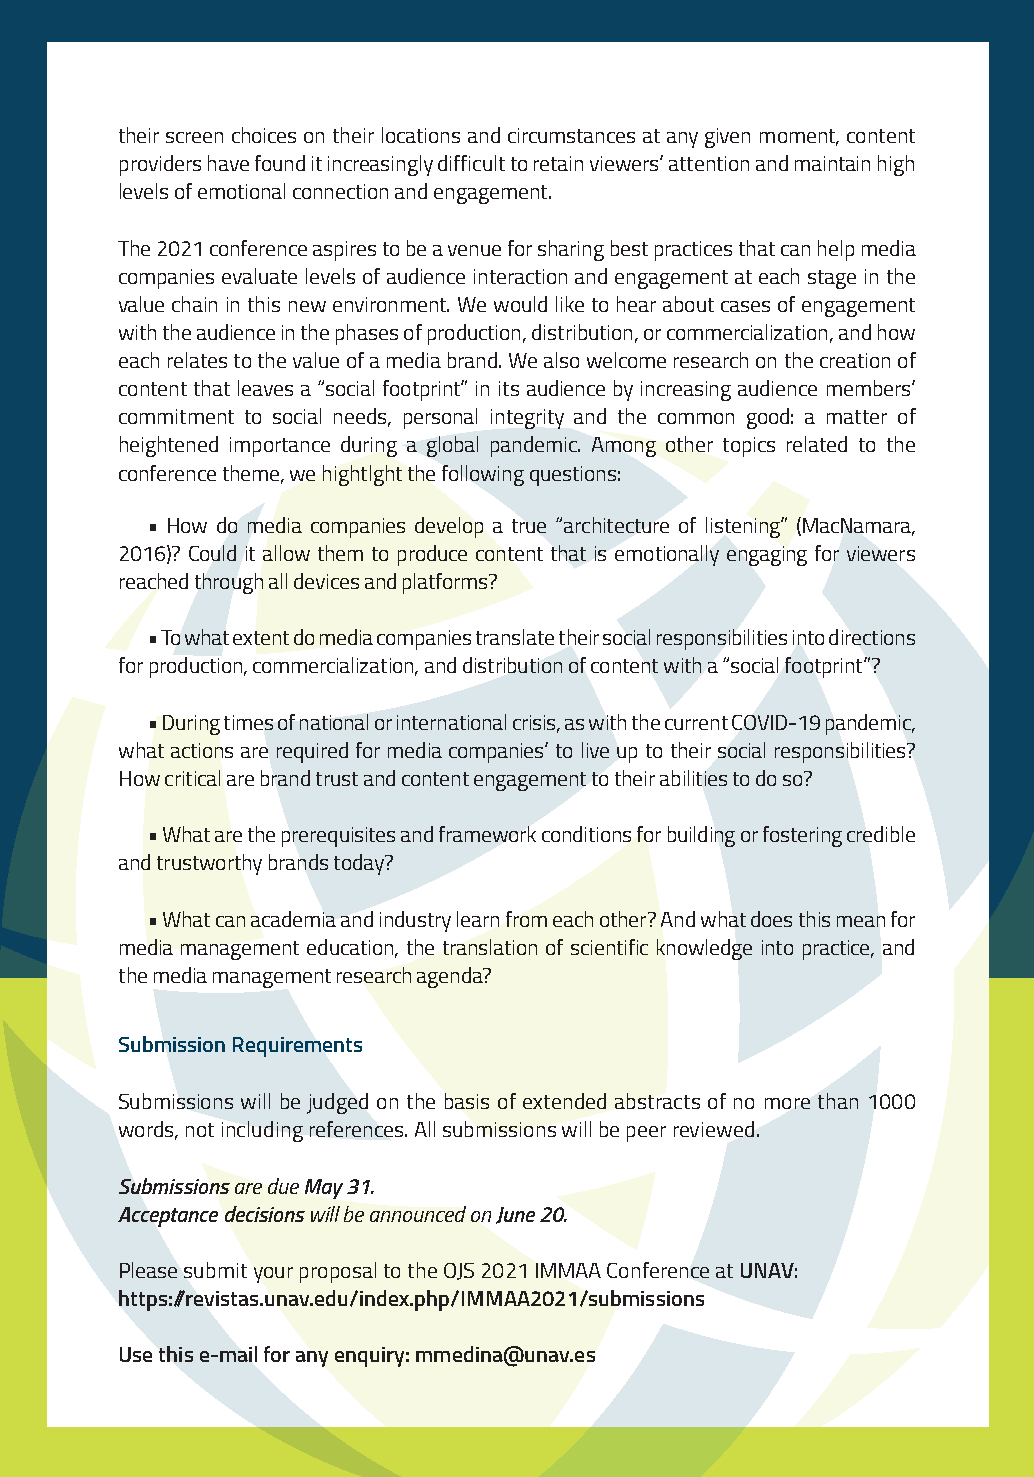
their screen choices on their locations and circumstances at any given moment, content
 providers have found it increasingly difficult to retain viewers’ attention and maintain high
 levels of emotional connection and engagement.
 The 2021 conference aspires to be a venue for sharing best practices that can help media
 companies evaluate levels of audience interaction and engagement at each stage in the
 value chain in this new environment. We would like to hear about cases of engagement
 For more information please visit: https://immaa.org/
 with the audience in the phases of production, distribution, or commercialization, and how
 each relates to the value of a media brand. We also welcome research on the creation of
 content that leaves a “social footprint” in its audience by increasing audience members’
 commitment to social needs, personal integrity and the common good: a matter of
 heightened importance during a global pandemic. Among other topics related to the
 conference theme, we hightlght the following questions:
 • How do media companies develop a true “architecture of listening” (MacNamara,
 2016)? Could it allow them to produce content that is emotionally engaging for viewers
 reached through all devices and platforms?
 • To what extent do media companies translate their social responsibilities into directions
 for production, commercialization, and distribution of content with a “social footprint”?
 • During times of national or international crisis, as with the current COVID-19 pandemic,
 what actions are required for media companies’ to live up to their social responsibilities?
 How critical are brand trust and content engagement to their abilities to do so?
 • What are the prerequisites and framework conditions for building or fostering credible
 and trustworthy brands today?
 • What can academia and industry learn from each other? And what does this mean for
 media management education, the translation of scientific knowledge into practice, and
 the media management research agenda?
 Submission Requirements
 Submissions will be judged on the basis of extended abstracts of no more than 1000
 words, not including references. All submissions will be peer reviewed.
 Submissions are due May 31.
 Acceptance decisions will be announced on June 20.
 Please submit your proposal to the OJS 2021 IMMAA Conference at UNAV:
 https://revistas.unav.edu/index.php/IMMAA2021/submissions
 Use this e-mail for any enquiry: mmedina@unav.es
 JOCIS 2020 - V6, ISSN: 5-607727-158028 00006 15